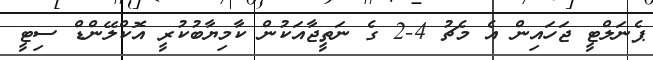
ޕެނަލްޓީ ޖަހައިން އެ މެޗު 4-2 ގެ ނަތީޖާއަކުން ކާމިޔާބުކުރީ އޮކްލޭންޑް ސިޓީ